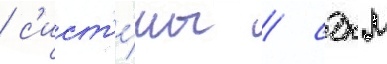
/ с'ист'е́мы / сдкм